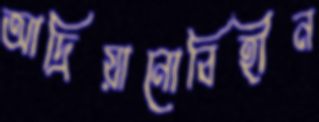
আদ্রিয়ানোবিহীন